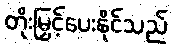
တိုးမြှင့်ပေးနိုင်သည်